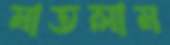
মাতলাম